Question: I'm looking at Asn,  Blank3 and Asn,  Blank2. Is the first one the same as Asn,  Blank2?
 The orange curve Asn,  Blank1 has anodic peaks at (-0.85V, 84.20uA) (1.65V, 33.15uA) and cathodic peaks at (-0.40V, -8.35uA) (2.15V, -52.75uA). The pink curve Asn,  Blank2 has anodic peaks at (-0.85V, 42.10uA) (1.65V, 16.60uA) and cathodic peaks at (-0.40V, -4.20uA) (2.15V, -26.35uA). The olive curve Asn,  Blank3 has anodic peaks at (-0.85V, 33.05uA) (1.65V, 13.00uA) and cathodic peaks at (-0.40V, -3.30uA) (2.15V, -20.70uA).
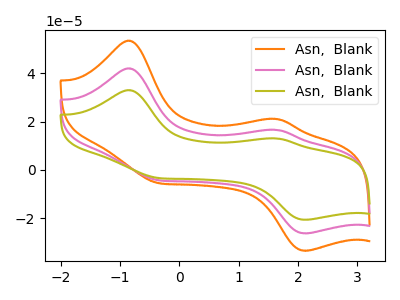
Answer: <think>All the peaks in "Asn,  Blank3" have a peak in "Asn,  Blank2" at the same potential. Every peak in "Asn,  Blank3" is lower than every peak in "Asn,  Blank2".
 </think>
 <answer>"Asn,  Blank3" and "Asn,  Blank2" are similar in shape.</answer>
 <eval>same_shape</eval>